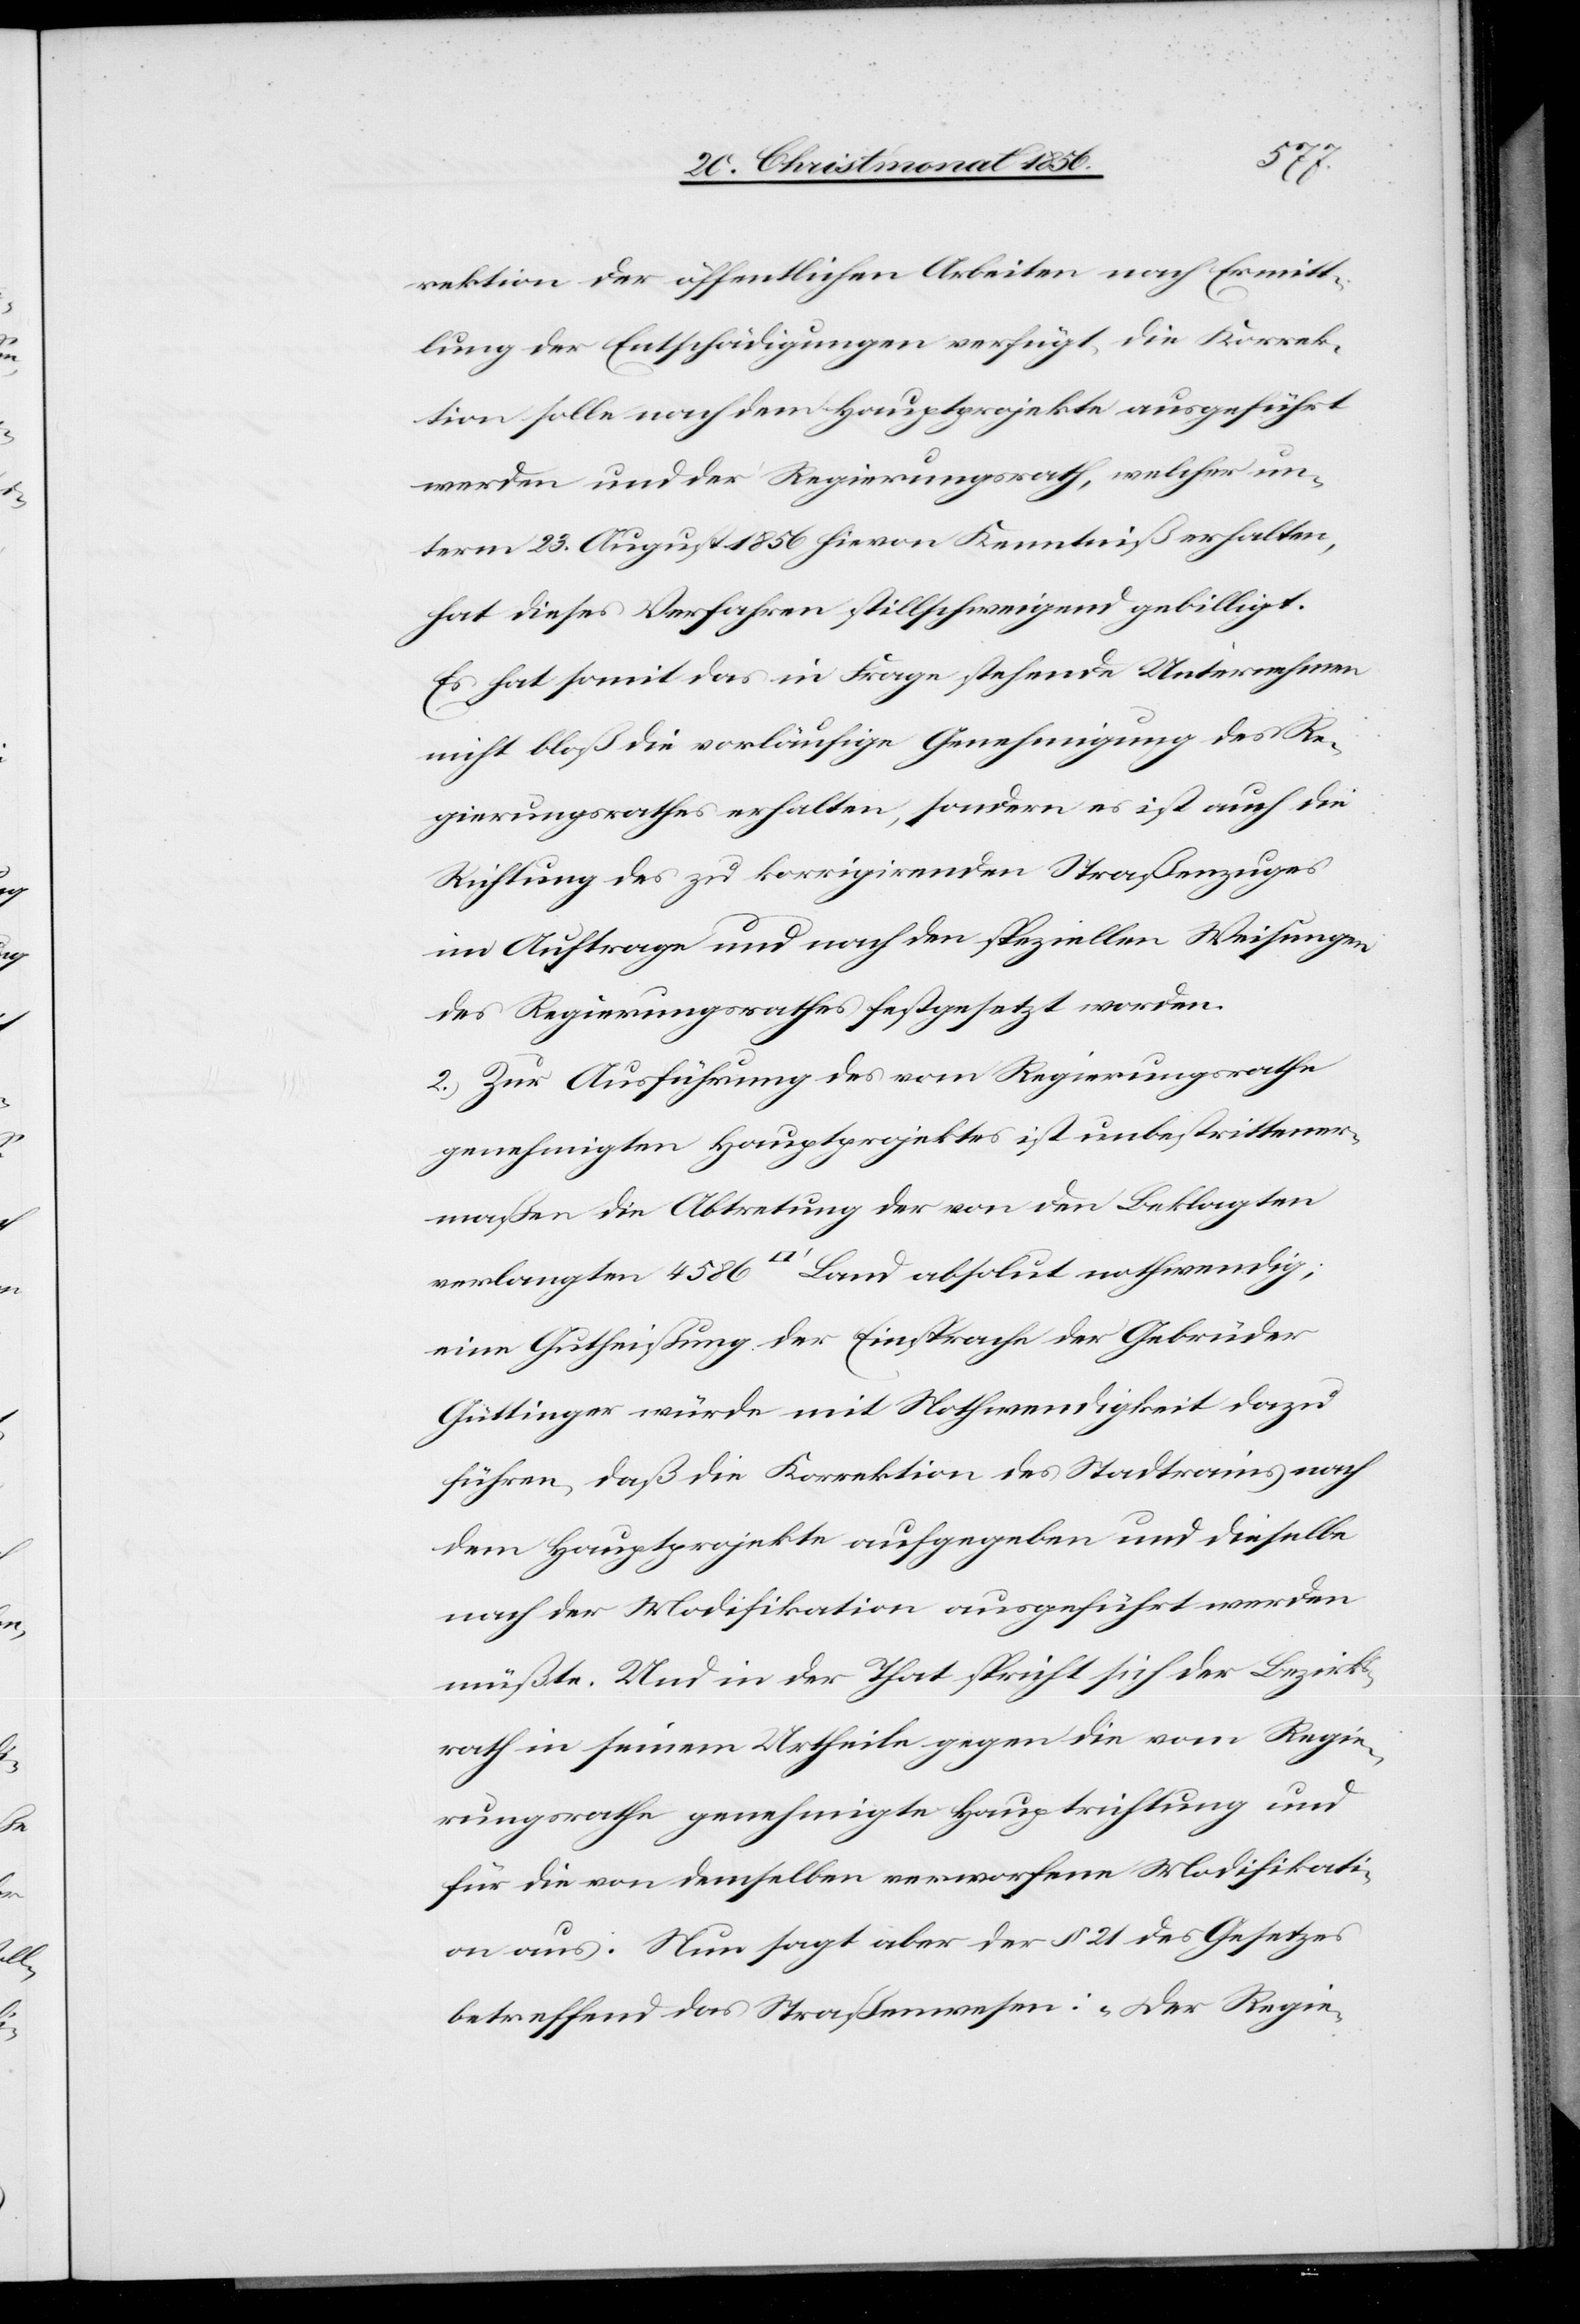
rektion der öffentlichen Arbeiten nach Ermitt¬
lung der Entschädigungen verfügt, die Korrek¬
tion solle nach dem Hauptprojekte ausgeführt
werden und der Regierungsrath, welcher un¬
term 23. August 1856 hievon Kenntniß erhalten,
hat dieses Verfahren stillschweigend gebilligt.
Es hat somit das in Frage stehende Unternehmen
nicht bloß die vorläufige Genehmigung des Re¬
gierungsrathes erhalten, sondern es ist auch die
Richtung des zu korrigirenden Straßenzuges
im Auftrage und nach den speziellen Weisungen
des Regierungsrathes festgesetzt worden.
2.) Zur Ausführung des vom Regierungsrathe
genehmigten Hauptprojektes ist unbestrittener¬
maßen die Abtretung der von den Beklagten
verlangten 4586 [Quadratfuß] Land absolut nothwendig;
eine Gutheißung der Einsprache der Gebrüder
Güttinger würde mit Nothwendigkeit dazu
führen, daß die Korrektion des Stadtrains nach
dem Hauptprojekte aufgegeben und dieselbe
nach der Modifikation ausgeführt werden
müßte. Und in der That spricht sich der Bezirks¬
rath in seinem Urtheile gegen die vom Regie¬
rungsrathe genehmigte Hauptrichtung und
für die von demselben verworfene Modifikati¬
on aus. Nun sagt aber der § 21 des Gesetzes
betreffend das Straßenwesen: „Der Regie-